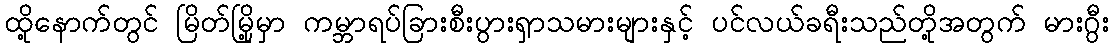
ထို့နောက်တွင် မြိတ်မြို့မှာ ကမ္ဘာရပ်ခြားစီးပွားရှာသမားများနှင့် ပင်လယ်ခရီးသည်တို့အတွက် မားဂွီး